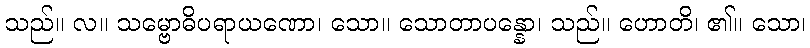
သည်။ လ။ သမ္ဗောဓိပရာယဏော၊ သော။ သောတာပန္နော၊ သည်။ ဟောတိ၊ ၏။ သော၊